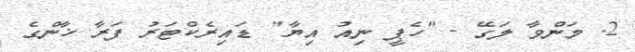
2. މަންވާ ލަގޭ - "ހެޕީ ނިއު އިޔާ" ޑައިރެކްޓަރު ފަރާ ޚާންގެ